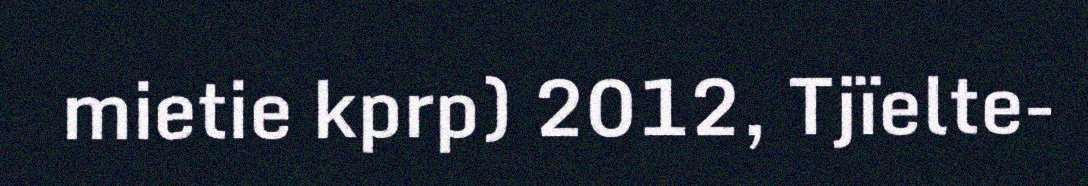
mietie kprp) 2012, Tjïelte-